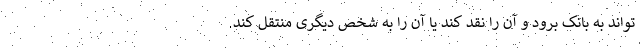
‌تواند به بانک برود و آن را نقد کند یا آن را به شخص دیگری منتقل کند.